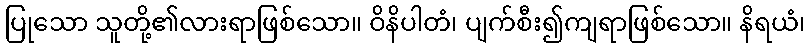
ပြုသော သူတို့၏လားရာဖြစ်သော။ ဝိနိပါတံ၊ ပျက်စီး၍ကျရာဖြစ်သော။ နိရယံ၊